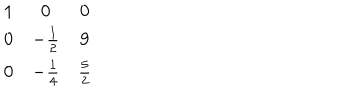
LaTeX: \begin{matrix} { { 1 } } & { { 0 } } & { { 0 } } \\ { { 0 } } & { { - { \frac { 1 } { 2 } } } } & { { 9 } } \\ { { 0 } } & { { - { \frac { 1 } { 4 } } } } & { { { \frac { 5 } { 2 } } } } \\ \end{matrix}